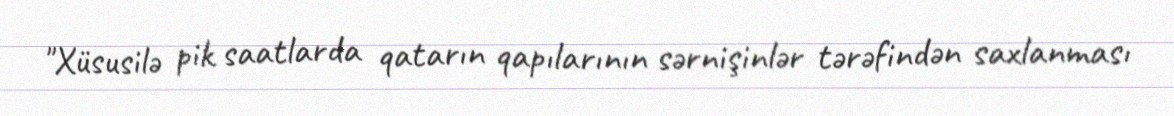
"Xüsusilə pik saatlarda qatarın qapılarının sərnişinlər tərəfindən saxlanması